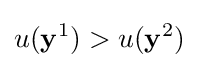
u(\mathbf {y} ^{1})>u(\mathbf {y} ^{2})